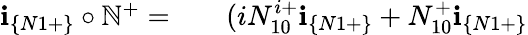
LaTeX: \begin{array}{rlr}{\textbf{i}_{\{ N1+\} }\circ\mathbb{N}^{+}=}&{{}}&{(iN_{10}^{i+}\textbf{i}_{\{ N1+\} }+N_{10}^{+}\textbf{i}_{\{ N1+\} }}\end{array}